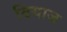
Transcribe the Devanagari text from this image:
दियाज